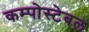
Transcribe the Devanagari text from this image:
कम्पोस्टेबल